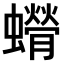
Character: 𫋥